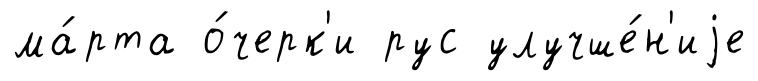
ма́рта о́черк'и рус улучше́н'иjе